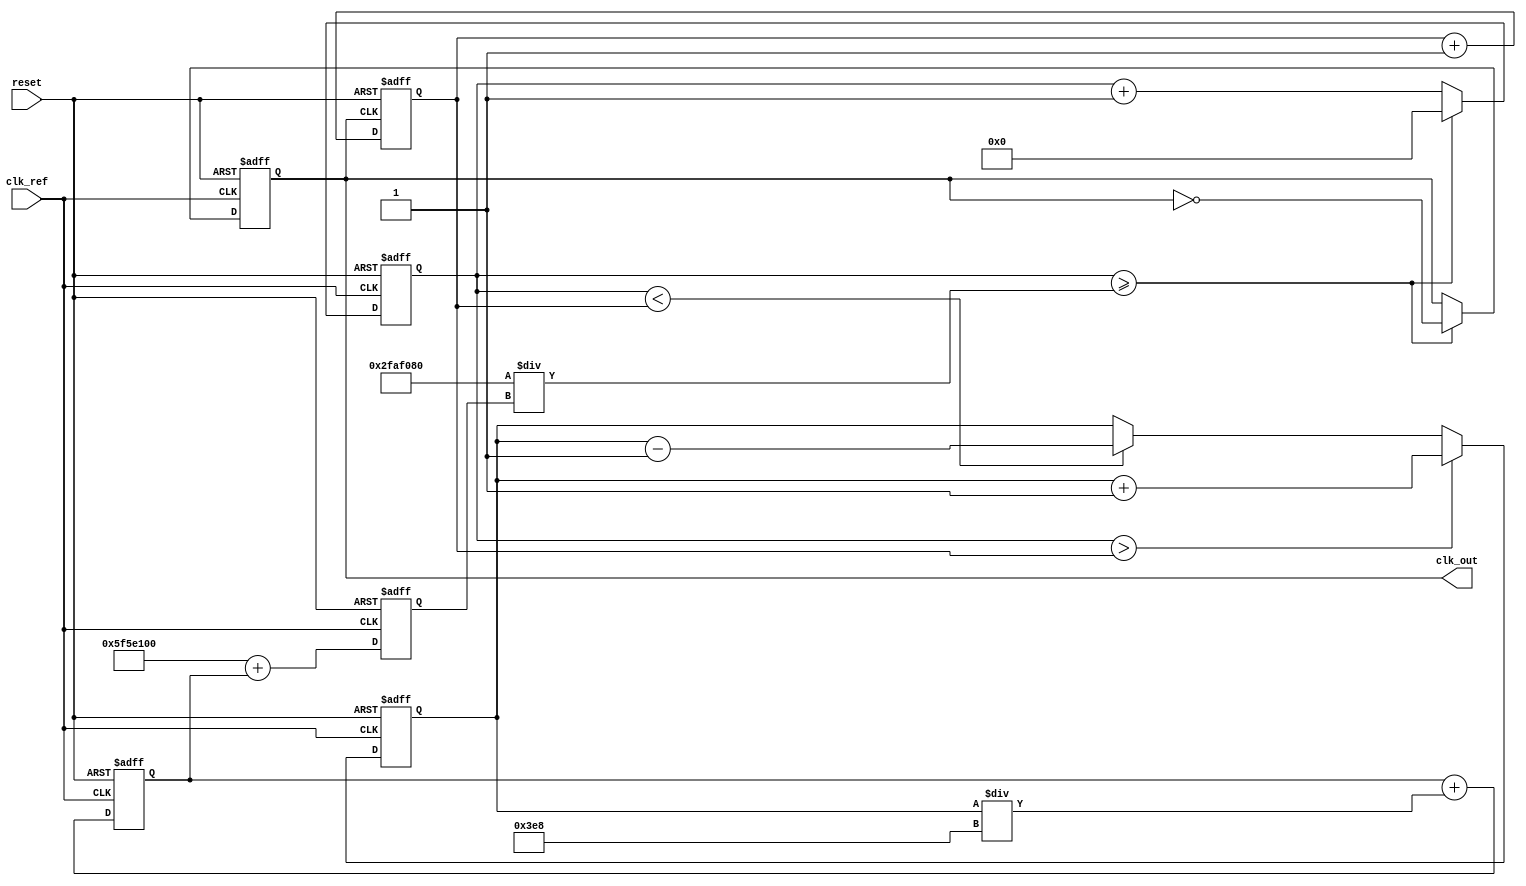
module pll (
    input wire clk_ref,          // Reference clock input
    input wire reset,            // Asynchronous reset
    output reg clk_out           // Output clock
);

    // Parameters
    parameter integer REF_FREQ = 50_000_000; // Reference frequency in Hz
    parameter integer OUT_FREQ = 100_000_000; // Desired output frequency in Hz
    parameter integer LOOP_BW = 1000;          // Loop bandwidth (example value)

    // Internal signals
    reg [31:0] phase_error;       // Phase error signal
    reg [31:0] control_voltage;    // Control voltage for VCO
    reg [31:0] vco_frequency;      // VCO frequency
    reg [31:0] vco_counter;        // VCO counter for generating output clock
    reg [31:0] feedback_counter;   // Feedback counter for phase detection

    // Phase Detector (PD)
    always @(posedge clk_ref or posedge reset) begin
        if (reset) begin
            phase_error <= 0;
        end else begin
            // Simple phase detection logic (leading/lagging)
            if (vco_counter > feedback_counter) begin
                phase_error <= phase_error + 1; // Output clock is leading
            end else if (vco_counter < feedback_counter) begin
                phase_error <= phase_error - 1; // Output clock is lagging
            end
        end
    end

    // Loop Filter (LF)
    always @(posedge clk_ref or posedge reset) begin
        if (reset) begin
            control_voltage <= 0;
        end else begin
            // Simple first-order loop filter
            control_voltage <= control_voltage + (phase_error / LOOP_BW);
        end
    end

    // Voltage-Controlled Oscillator (VCO)
    always @(posedge clk_ref or posedge reset) begin
        if (reset) begin
            vco_frequency <= OUT_FREQ;
            vco_counter <= 0;
            clk_out <= 0;
        end else begin
            // Adjust VCO frequency based on control voltage
            vco_frequency <= OUT_FREQ + control_voltage;

            // Generate output clock based on VCO frequency
            if (vco_counter >= (REF_FREQ / vco_frequency)) begin
                clk_out <= ~clk_out; // Toggle output clock
                vco_counter <= 0;
            end else begin
                vco_counter <= vco_counter + 1;
            end
        end
    end

    // Feedback Path
    always @(posedge clk_out or posedge reset) begin
        if (reset) begin
            feedback_counter <= 0;
        end else begin
            feedback_counter <= feedback_counter + 1; // Count output clock cycles
        end
    end

endmodule